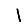
Digit: 1